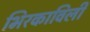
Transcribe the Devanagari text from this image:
भिरकाविली